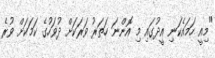
"މިއީ ހަމައެކަނި އީދުގައި މި އޮންނަ ހަތަރު ވަރަކަށް ދުވަހުގެ ކަމަކަށް ވުރެ